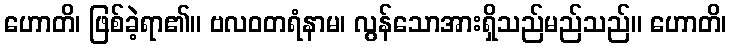
ဟောတိ၊ ဖြစ်ခဲ့ရာ၏။ ဗလဝတရံနာမ၊ လွန်သောအားရှိသည်မည်သည်။ ဟောတိ၊